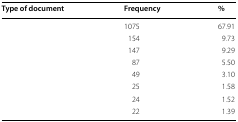
<table><thead><tr><td><b>Type of document</b></td><td><b>Frequency</b></td><td><b>%</b></td></tr></thead><tbody><tr><td>[EMPTY_CELL]</td><td>1075</td><td>67.91</td></tr><tr><td>[EMPTY_CELL]</td><td>154</td><td>9.73</td></tr><tr><td>[EMPTY_CELL]</td><td>147</td><td>9.29</td></tr><tr><td>[EMPTY_CELL]</td><td>87</td><td>5.50</td></tr><tr><td>[EMPTY_CELL]</td><td>49</td><td>3.10</td></tr><tr><td>[EMPTY_CELL]</td><td>25</td><td>1.58</td></tr><tr><td>[EMPTY_CELL]</td><td>24</td><td>1.52</td></tr><tr><td>[EMPTY_CELL]</td><td>22</td><td>1.39</td></tr></tbody></table>